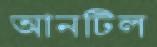
আনটিল